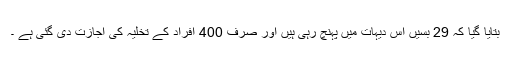
بتایا گیا کہ 29 بسیں اس دیہات میں پہنچ رہی ہیں اور صرف 400 افراد کے تخلیہ کی اجازت دی گئی ہے ۔